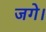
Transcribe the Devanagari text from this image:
जगे।